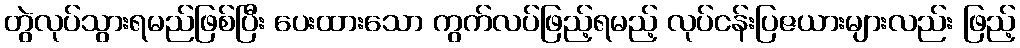
တွဲလုပ်သွားရမည်ဖြစ်ပြီး ပေးထားသော ကွက်လပ်ဖြည့်ရမည့် လုပ်ငန်းပြဇယားများလည်း ဖြည့်